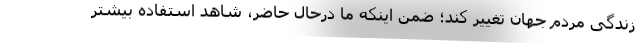
زندگی مردم جهان تغییر کند؛ ضمن اینکه ما درحال حاضر، شاهد استفاده بیشتر